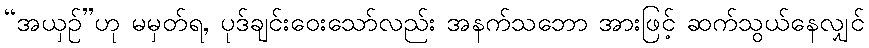
“အယှဉ်”ဟု မမှတ်ရ, ပုဒ်ချင်းဝေးသော်လည်း အနက်သဘော အားဖြင့် ဆက်သွယ်နေလျှင်